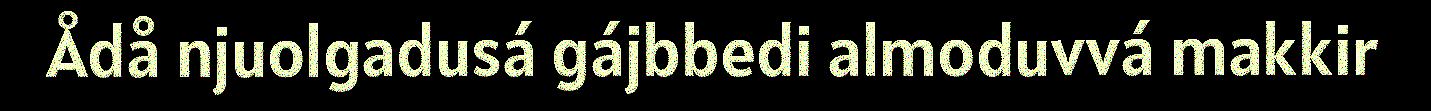
Ådå njuolgadusá gájbbedi almoduvvá makkir